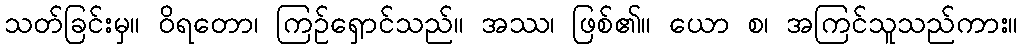
သတ်ခြင်းမှ။ ဝိရတော၊ ကြဉ်ရှောင်သည်။ အဿ၊ ဖြစ်၏။ ယော စ၊ အကြင်သူသည်ကား။